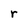
Character: r